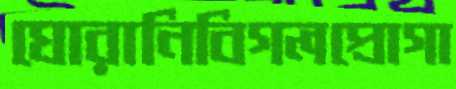
ঘোরানিবিগলপ্রোগা